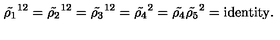
{ \tilde { \rho _ { 1 } } } ^ { 1 2 } = { \tilde { \rho _ { 2 } } } ^ { 1 2 } = { \tilde { \rho _ { 3 } } } ^ { 1 2 } = { \tilde { \rho _ { 4 } } } ^ { 2 } = { \tilde { \rho _ { 4 } } } { \tilde { \rho _ { 5 } } } ^ { 2 } = \mathrm { i d e n t i t y } .